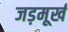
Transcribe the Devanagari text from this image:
जड़मूर्ख